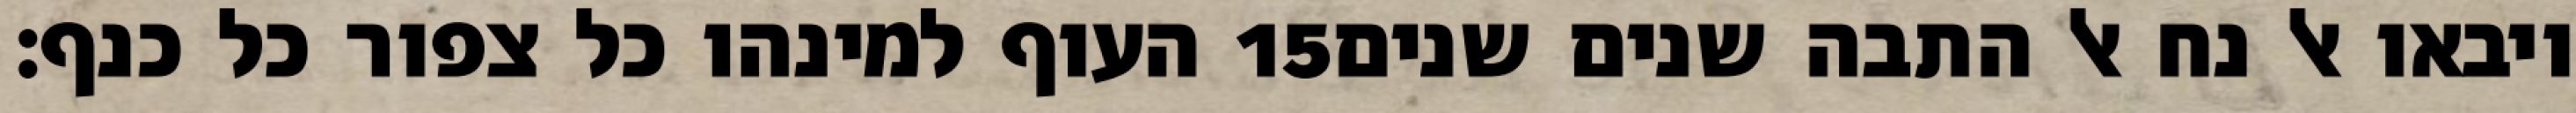
העוף למינהו כל צפור כל כנף׃ ‎15‏ ויבאו אל נח אל התבה שנים שנים